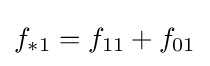
f_{*1}=f_{11}+f_{01}